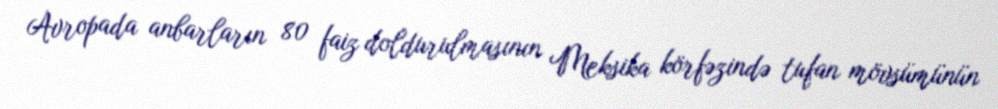
Avropada anbarların 80 faiz doldurulmasının Meksika körfəzində tufan mövsümünün